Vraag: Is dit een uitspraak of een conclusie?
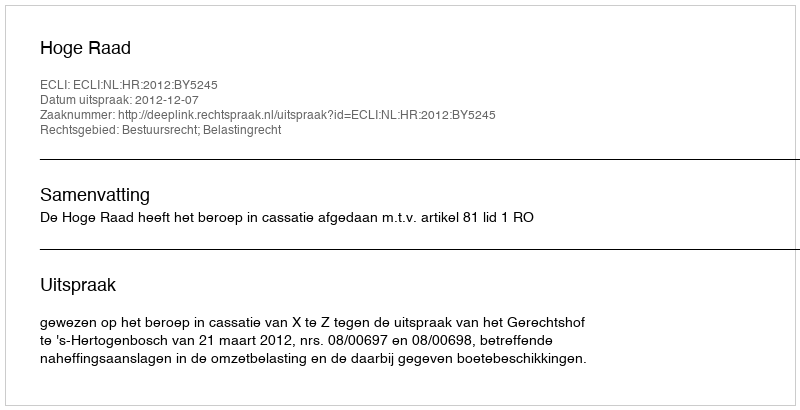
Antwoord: Uitspraak